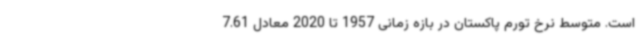
است. متوسط نرخ تورم پاکستان در بازه زمانی 1957 تا 2020 معادل 7.61